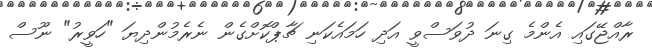
ރާއްޖޭގައި އެންމެ ގިނަ ދުވަސްވީ އަދި ހަމައެކަނި ޗާޕްކޮށްގެން ނެރެމުންދިޔަ "ހަވީރު" ނޫސް